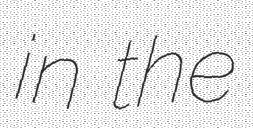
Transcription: in the